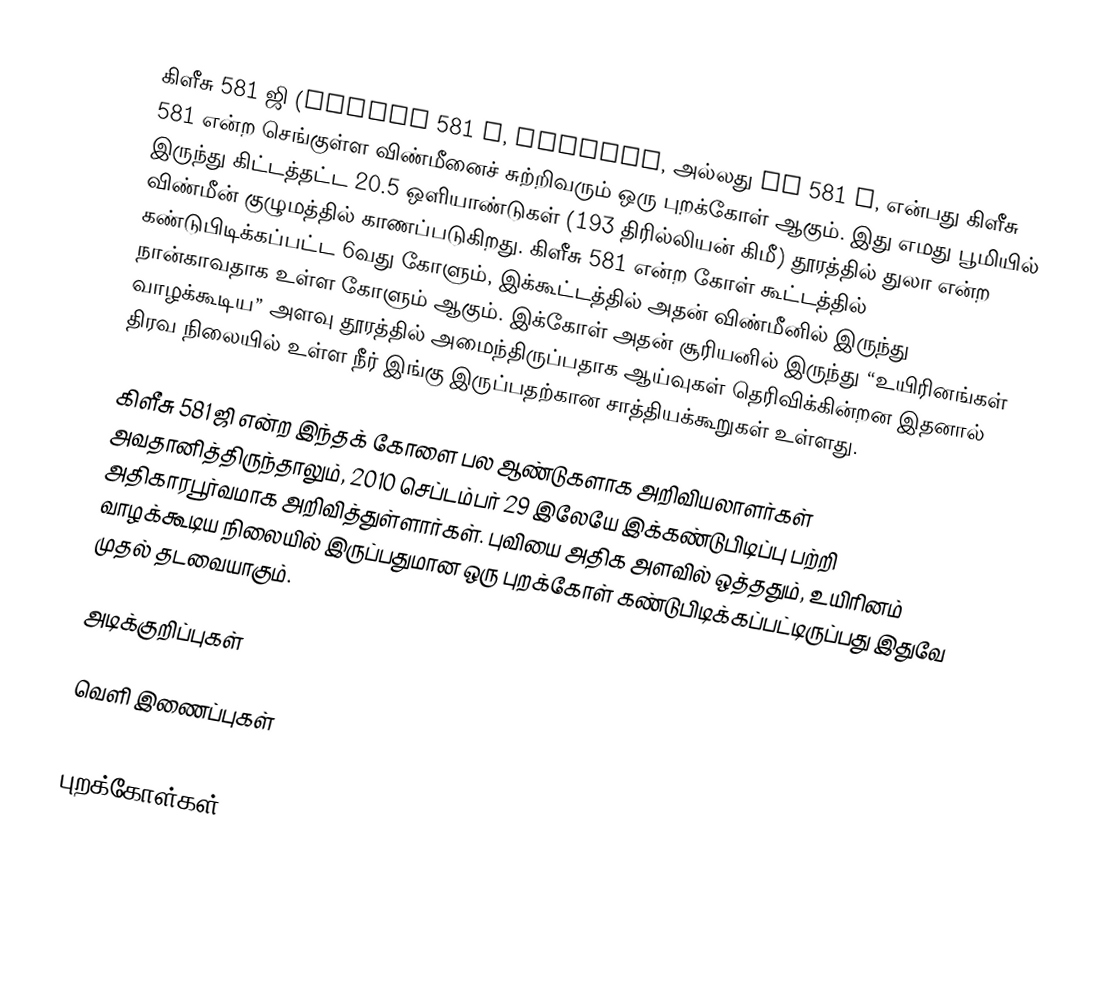
கிளீசு 581 ஜி (Gliese 581 g, ˈɡliːzə, அல்லது Gl 581 g, என்பது கிளீசு 581 என்ற செங்குள்ள விண்மீனைச் சுற்றிவரும் ஒரு புறக்கோள் ஆகும். இது எமது பூமியில் இருந்து கிட்டத்தட்ட 20.5 ஒளியாண்டுகள் (193 திரில்லியன் கிமீ) தூரத்தில் துலா என்ற விண்மீன் குழுமத்தில் காணப்படுகிறது. கிளீசு 581 என்ற கோள் கூட்டத்தில் கண்டுபிடிக்கப்பட்ட 6வது கோளும், இக்கூட்டத்தில் அதன் விண்மீனில் இருந்து நான்காவதாக உள்ள கோளும் ஆகும். இக்கோள் அதன் சூரியனில் இருந்து “உயிரினங்கள் வாழக்கூடிய” அளவு தூரத்தில் அமைந்திருப்பதாக ஆய்வுகள் தெரிவிக்கின்றன இதனால் திரவ நிலையில் உள்ள நீர் இங்கு இருப்பதற்கான சாத்தியக்கூறுகள் உள்ளது.

கிளீசு 581 ஜி என்ற இந்தக் கோளை பல ஆண்டுகளாக அறிவியலாளர்கள் அவதானித்திருந்தாலும், 2010 செப்டம்பர் 29 இலேயே இக்கண்டுபிடிப்பு பற்றி அதிகாரபூர்வமாக அறிவித்துள்ளார்கள். புவியை அதிக அளவில் ஒத்ததும், உயிரினம் வாழக்கூடிய நிலையில் இருப்பதுமான ஒரு புறக்கோள் கண்டுபிடிக்கப்பட்டிருப்பது இதுவே முதல் தடவையாகும்.

அடிக்குறிப்புகள்

வெளி இணைப்புகள்

புறக்கோள்கள்